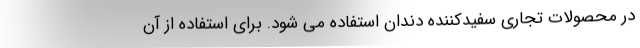
در محصولات تجاری سفیدکننده دندان استفاده می شود. برای استفاده از آن